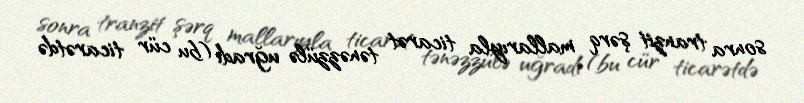
sonra tranzit şərq mallarıyla ticarət tənəzzülə uğradı (bu cür ticarətdə